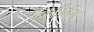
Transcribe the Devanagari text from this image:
अनुकीर्तन